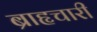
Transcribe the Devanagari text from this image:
ब्राहृचारी